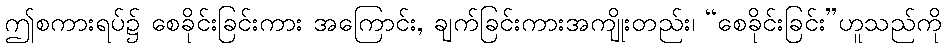
ဤစကားရပ်၌ စေခိုင်းခြင်းကား အကြောင်း, ချက်ခြင်းကားအကျိုးတည်း၊ “စေခိုင်းခြင်း”ဟူသည်ကို